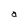
Character: a